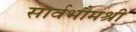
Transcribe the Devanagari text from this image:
सार्वभौमश्री